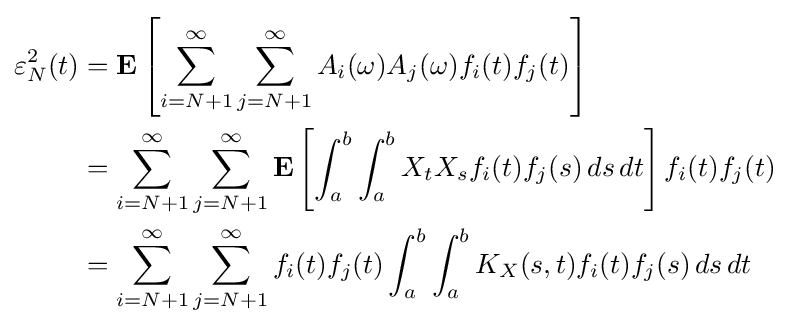
{\begin{aligned}\varepsilon _{N}^{2}(t)&=\mathbf {E} \left[\sum _{i=N+1}^{\infty }\sum _{j=N+1}^{\infty }A_{i}(\omega )A_{j}(\omega )f_{i}(t)f_{j}(t)\right]\\&=\sum _{i=N+1}^{\infty }\sum _{j=N+1}^{\infty }\mathbf {E} \left[\int _{a}^{b}\int _{a}^{b}X_{t}X_{s}f_{i}(t)f_{j}(s)\,ds\,dt\right]f_{i}(t)f_{j}(t)\\&=\sum _{i=N+1}^{\infty }\sum _{j=N+1}^{\infty }f_{i}(t)f_{j}(t)\int _{a}^{b}\int _{a}^{b}K_{X}(s,t)f_{i}(t)f_{j}(s)\,ds\,dt\end{aligned}}